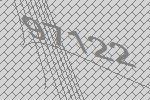
97122